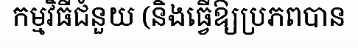
កម្មវិធីជំនួយ (និងធ្វើឱ្យប្រភពបាន